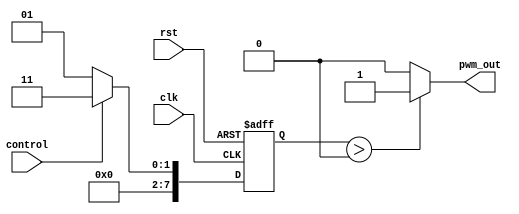
module pwm_timer(
    input wire clk,       // External clock signal
    input wire rst,       // Reset signal
    input wire control,   // Control signal for varying pulse widths
    output reg pwm_out    // PWM output signal with varying pulse widths
);

reg [7:0] counter;       // Counter for tracking pulse width

always @ (posedge clk or posedge rst)
begin
    if (rst)
        counter <= 8'b0;
    else if (control == 3'b000)
        counter <= 8'b00000001;
    else if (control == 3'b001)
        counter <= 8'b00000011;
    else if (control == 3'b010)
        counter <= 8'b00000111;
    else if (control == 3'b011)
        counter <= 8'b00001111;
    else if (control == 3'b100)
        counter <= 8'b00011111;
end

assign pwm_out = (counter > 4'b0) ? 1'b1 : 1'b0;

endmodule